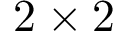
2 \times 2